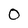
Character: 0